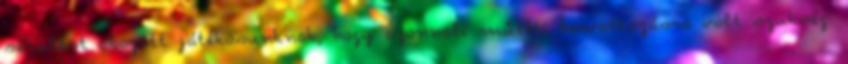
sérülést okozott játékosunknak, hogy azonnali műtéti beavatkozásra volt szükség.